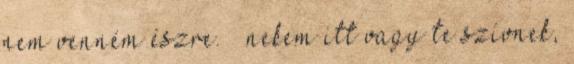
nem venném észre. „ nekem itt vagy te szívnek,